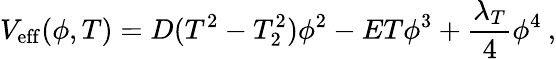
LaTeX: V_{\mathrm{eff}}(\phi,T)=D(T^{2}-T_{2}^{2})\phi^{2}-ET\phi^{3}+\frac{\lambda_{T}}{4}\phi^{4}\: ,